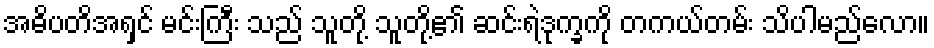
အဓိပတိအရှင် မင်းကြီး သည် သူတို့ သူတို့၏ ဆင်းရဲဒုက္ခကို တကယ်တမ်း သိပါမည်လော။